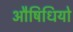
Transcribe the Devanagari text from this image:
औषिधियो